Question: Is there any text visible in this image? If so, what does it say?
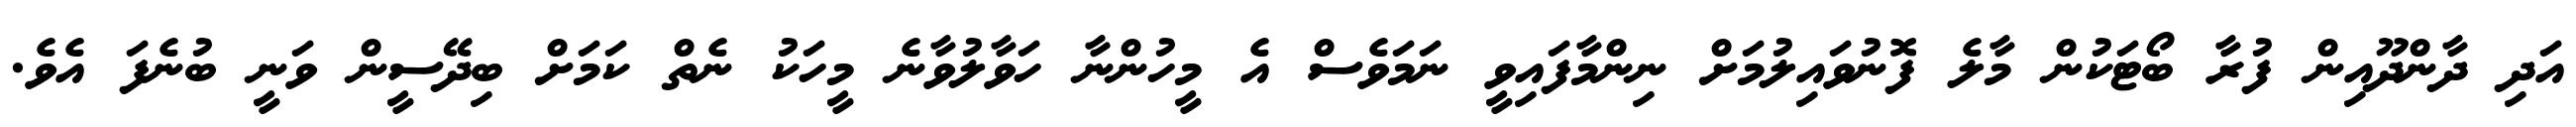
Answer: އަދި ދާންދޫއިން ފުރާ ބޯޓަކުން މާލެ ފޮނުވައިލުމަށް ނިންމާފައިވީ ނަމަވެސް އެ މީހުންނާ ހަވާލުވާނެ މީހަކު ނެތް ކަމަށް ބިދޭސީން ވަނީ ބުނެފަ އެވެ.